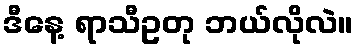
ဒီနေ့ ရာသီဥတု ဘယ်လိုလဲ။